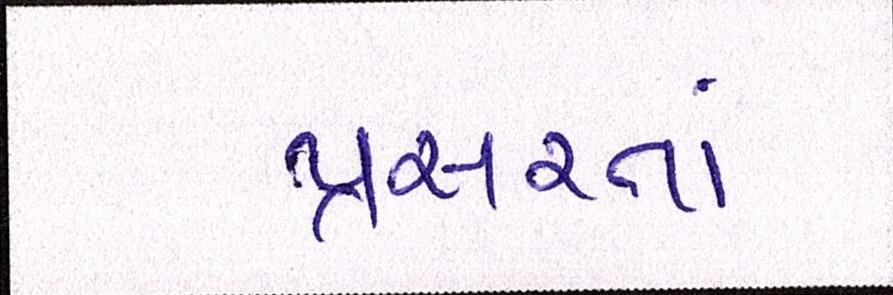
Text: પ્રસરતાં